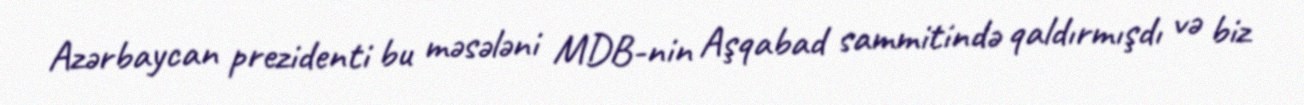
Azərbaycan prezidenti bu məsələni MDB-nin Aşqabad sammitində qaldırmışdı və biz